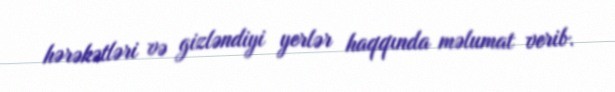
hərəkətləri və gizləndiyi yerlər haqqında məlumat verib.